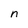
Character: n